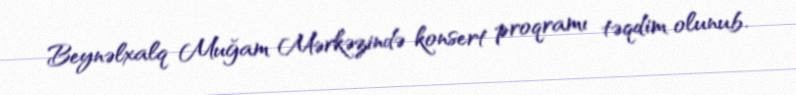
Beynəlxalq Muğam Mərkəzində konsert proqramı təqdim olunub.